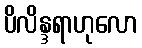
ပိလိန္ဒရာဟုလော